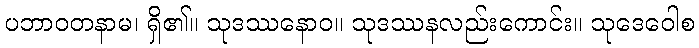
ပဘာဝတနာမ၊ ရှိ၏။ သုဒဿနောဝ။ သုဒဿနလည်းကောင်း။ သုဒေဝေါစ